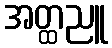
အတ္ထညူ